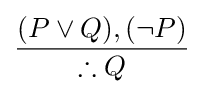
{\frac {(P\lor Q),(\lnot P)}{\therefore Q}}